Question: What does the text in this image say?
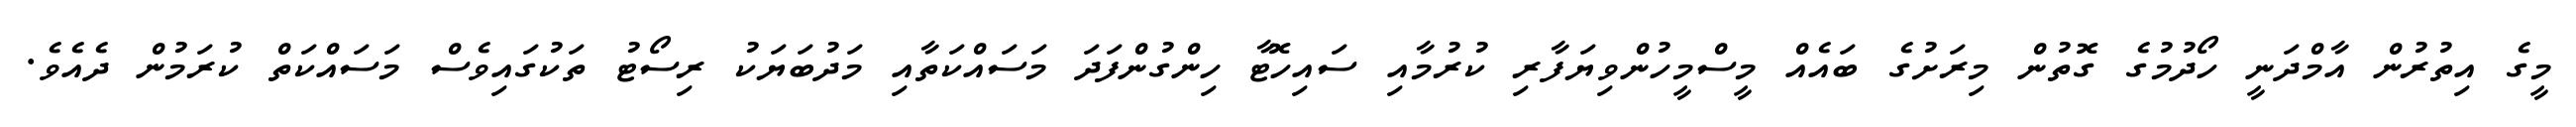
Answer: މީގެ އިތުރުން އާމްދަނީ ހޯދުމުގެ ގޮތުން މިރަށުގެ ބައެއް މީސްމީހުންވިޔަފާރި ކުރުމާއި ސައިހޮޓާ ހިންގުންފަދަ މަސައްކަތާއި މަދުބަޔަކު ރިސޯޓު ތަކުގައިވެސް މަސައްކަތް ކުރަމުން ދެއެވެ.